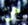
هن